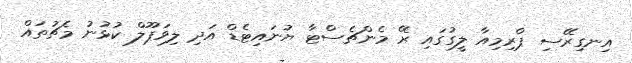
އިނގިރޭސި ޕްރިމިއާ ލީގުގައި ރޭ މެންޗެސްޓާ ޔުނައިޓެޑް އަދި ލިވަޕޫލް ކުޅުނު މެޗުތައް